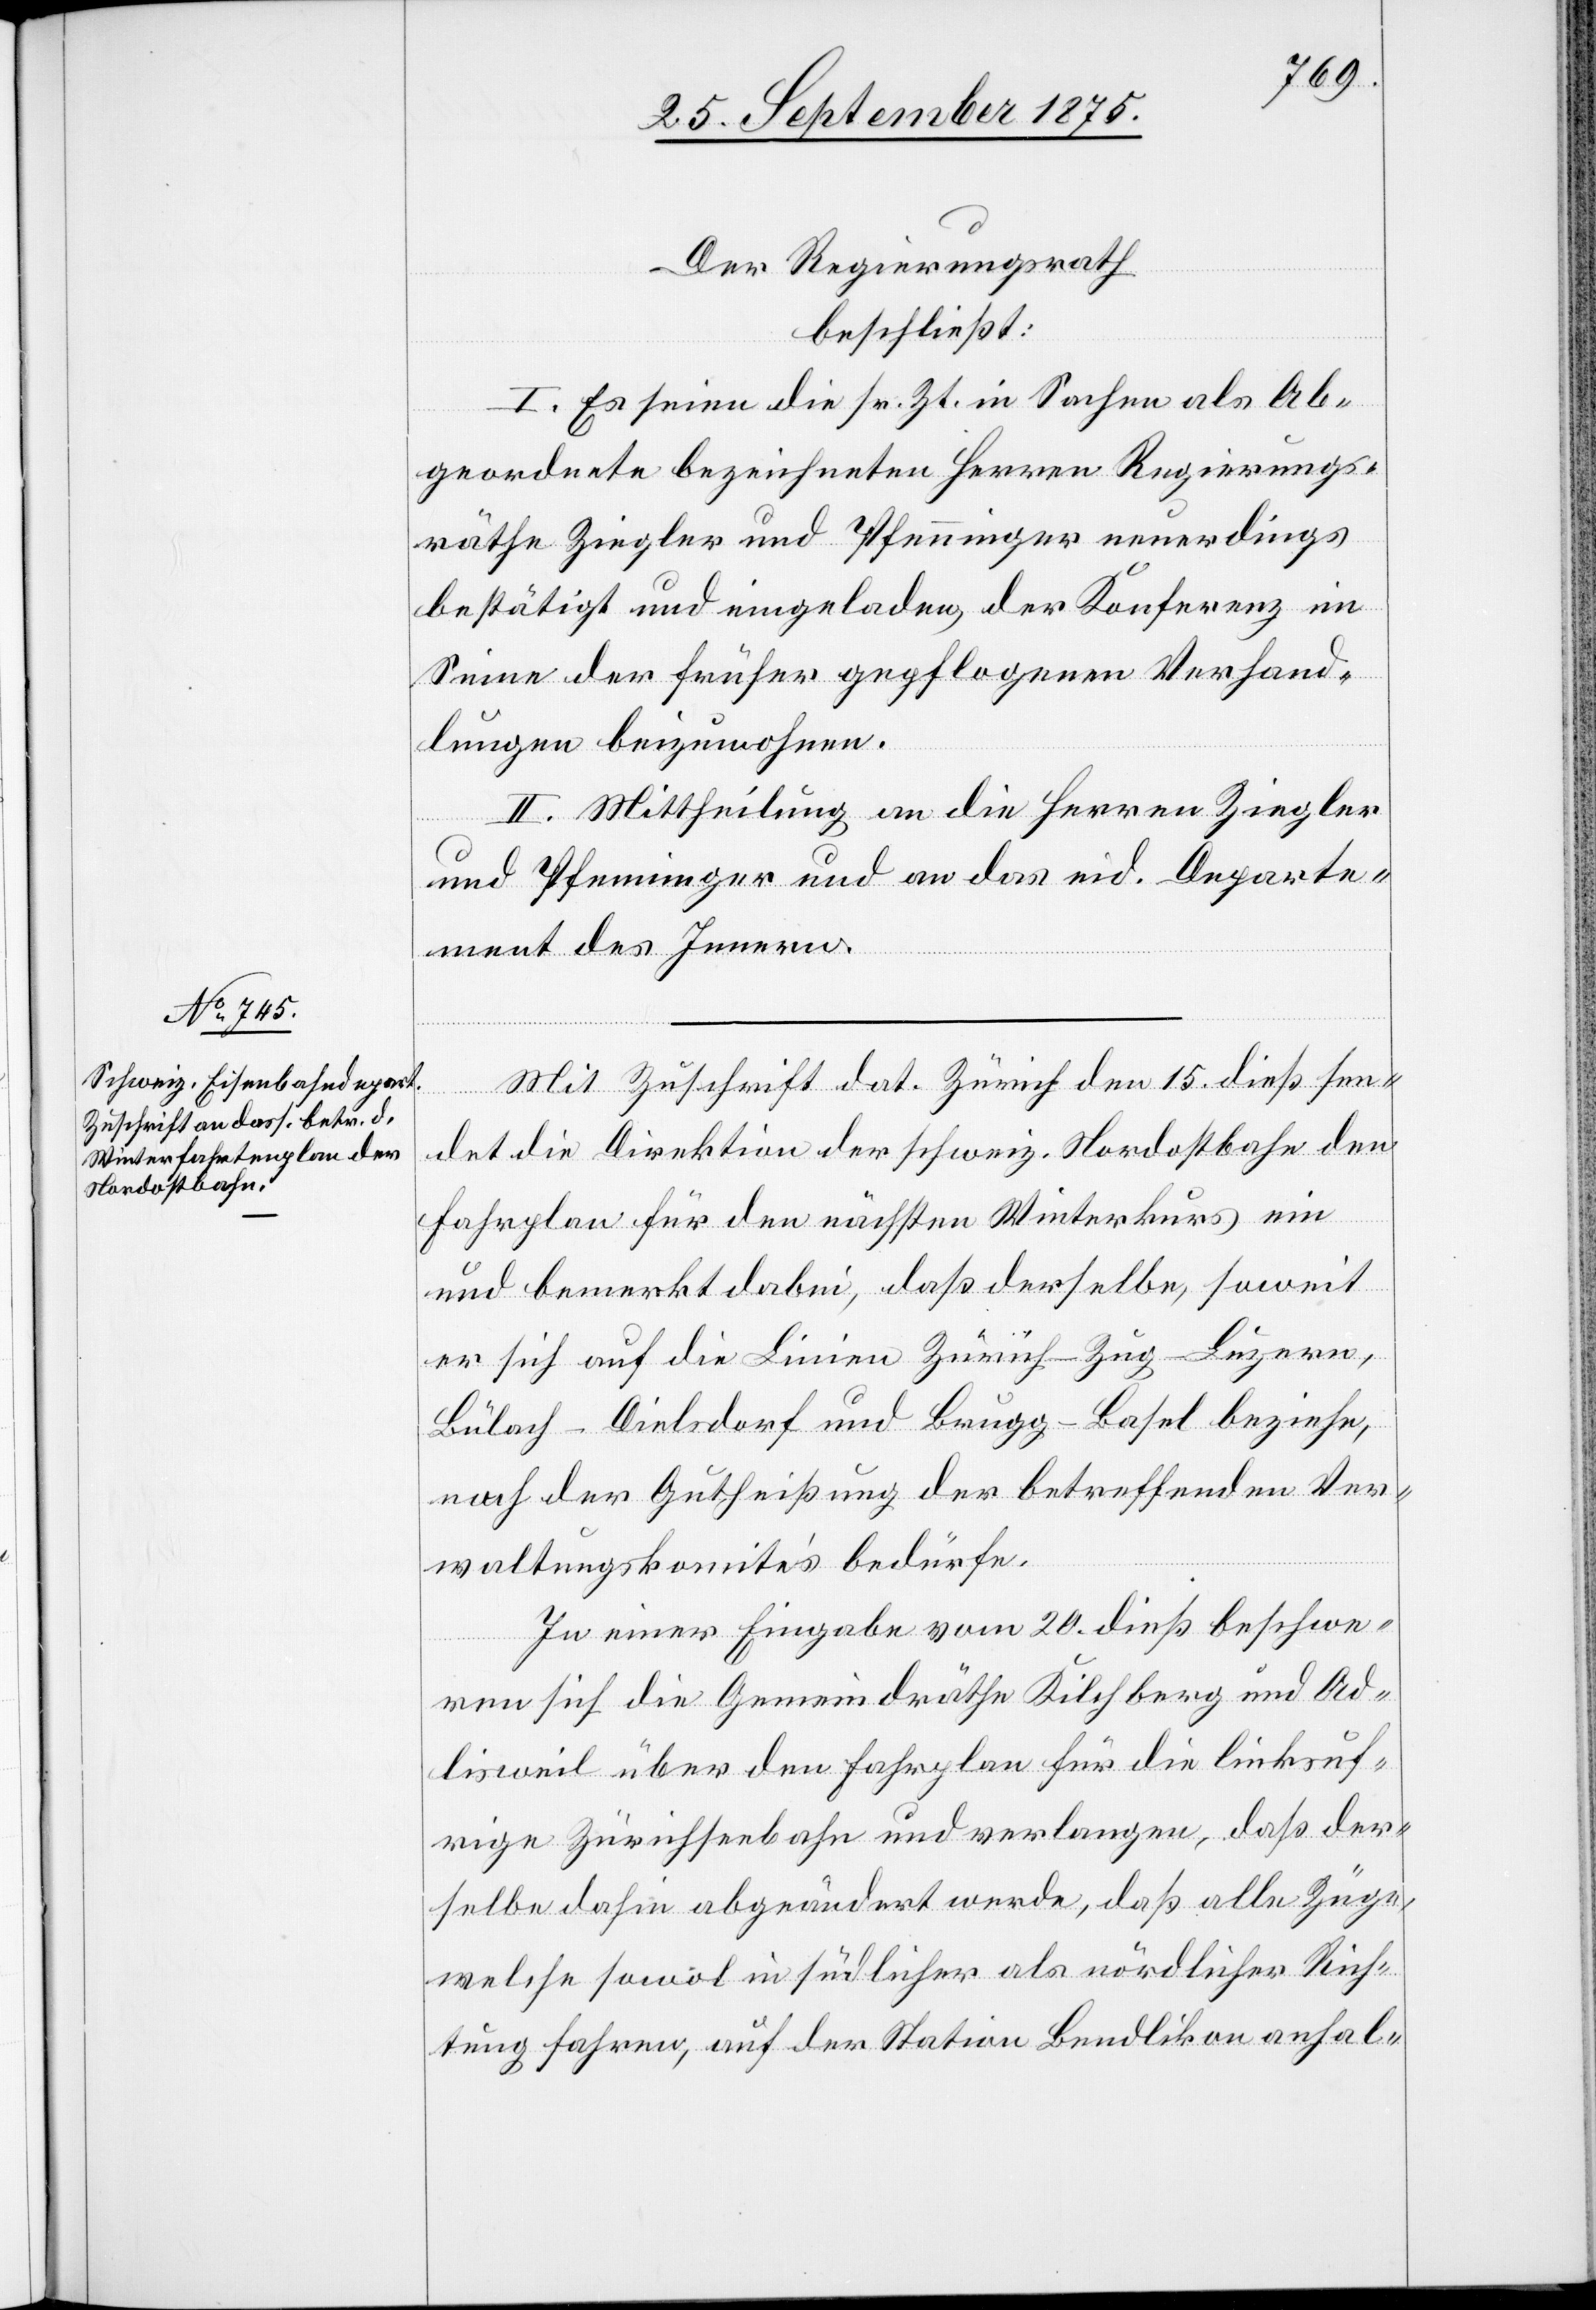
Der Regierungsrath
beschließt:
I. Es seien die sr. Zt. in Sachen als Ab¬
geordnete bezeichneten Herren Regierungs¬
räthe Ziegler und Pfenninger neuerdings
bestätigt und eingeladen, der Konferenz im
Sinne der früher gepflogenen Verhand¬
lungen beizuwohnen.
II. Mittheilung an die Herren Ziegler
und Pfenninger und an das eid. Departe¬
ment des Innern.
Mit Zuschrift dat. Zürich den 15. dieß sen¬
det die Direktion der schweiz. Nordostbahn den
Fahrplan für den nächsten Winterkurs ein
und bemerkt dabei, daß derselbe, soweit
er sich auf die Linien Zürich–Zug–Luzern,
Bülach–Dielsdorf und Brugg–Basel beziehe,
noch der Gutheißung der betreffenden Ver¬
waltungskomités bedürfe.
In einer Eingabe vom 20. dieß beschwe¬
ren sich die Gemeindräthe Kilchberg und Ad¬
lisweil über den Fahrplan für die linksuf¬
rige Zürichseebahn und verlangen, daß der¬
selbe dahin abgeändert werde, daß alle Züge,
welche sowol in südlicher als nördlicher Rich¬
tung fahren, auf der Station Bendlikon anhal-